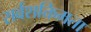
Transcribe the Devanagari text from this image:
सर्वशक्तिमता